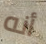
أنه